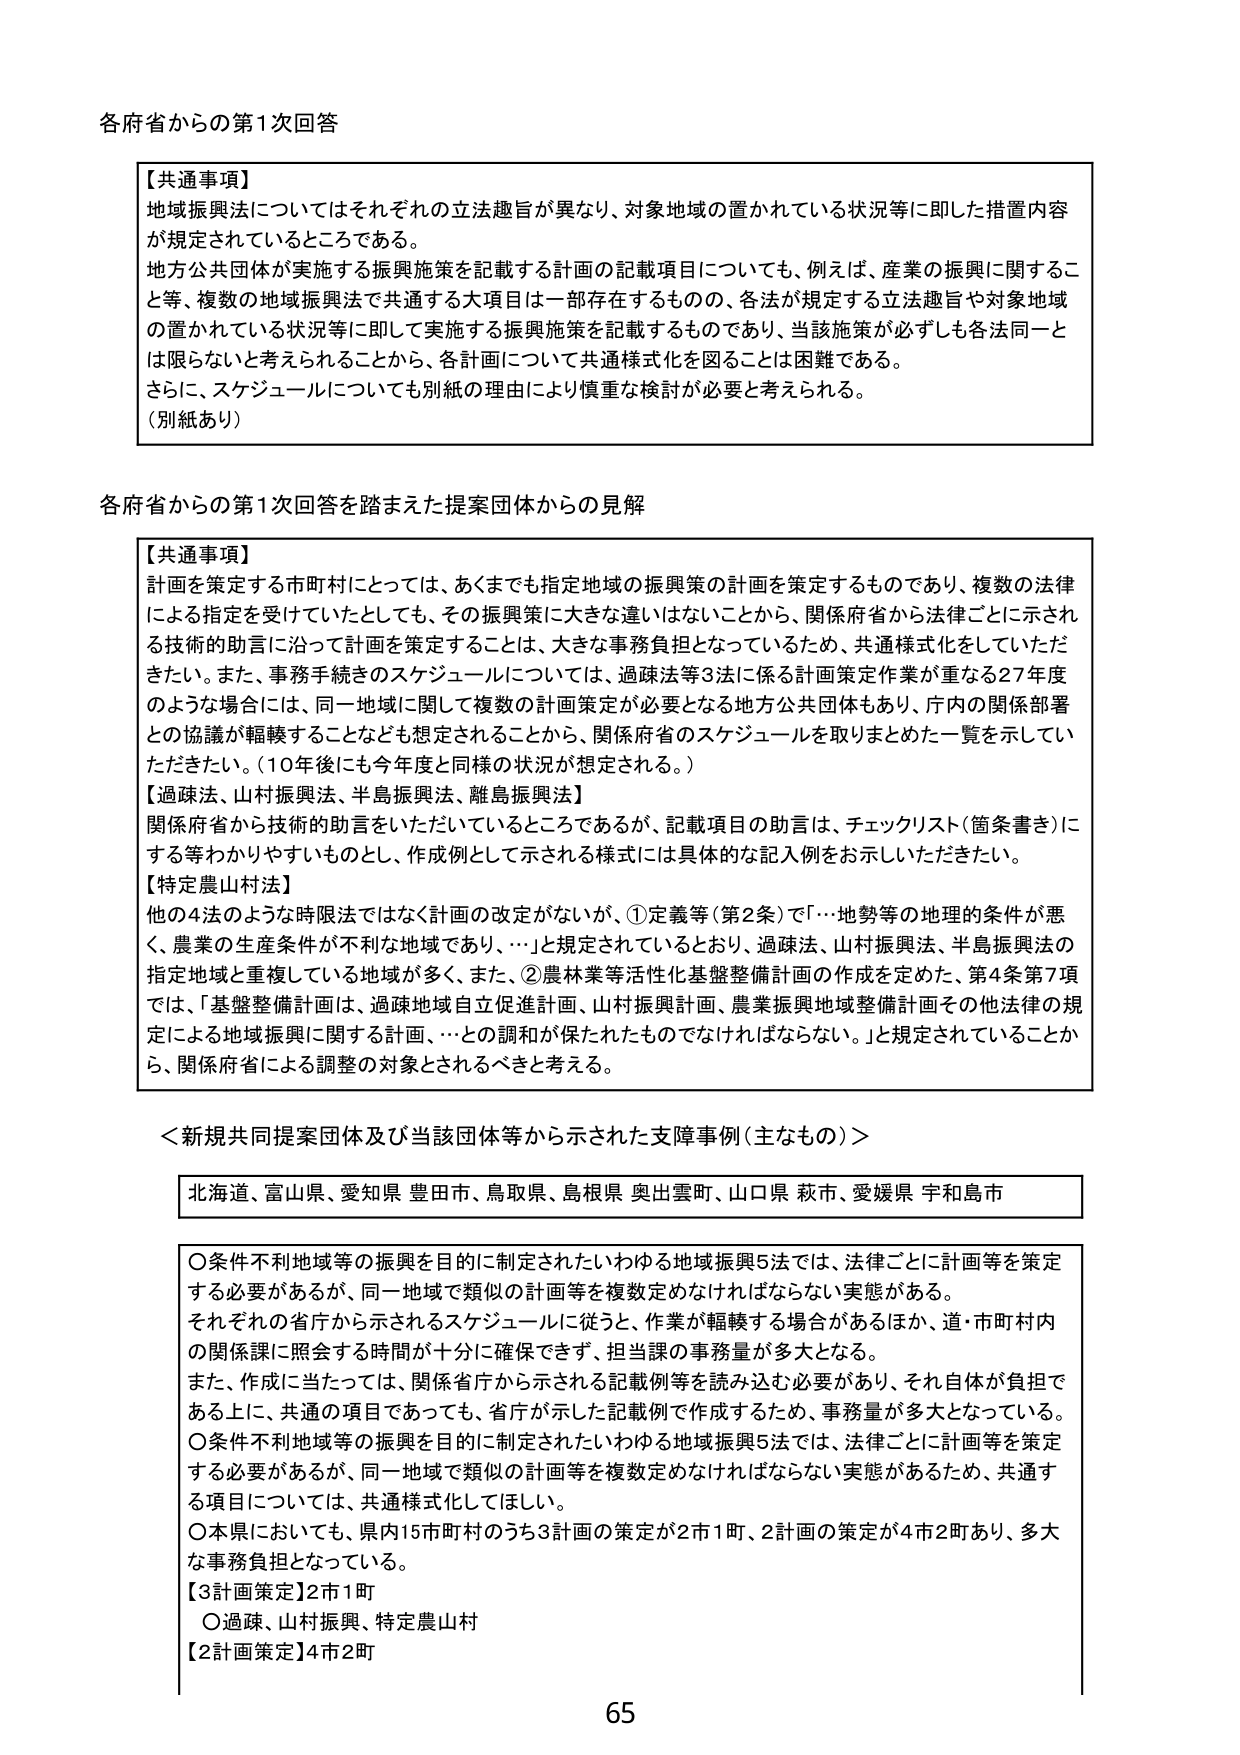
各府省からの第1次回答

【共通事項】
地域振興法についてはそれぞれの立法趣旨が異なり、対象地域の置かれている状況等に即した措置内容が規定されているところである。
地方公共団体が実施する振興施策を記載する計画の記載項目についても、例えば、産業の振興に関するこ
と等、複数の地域振興法で共通する大項目は一部存在するものの、各法が規定する立法趣旨や対象地域
の置かれている状況等に即して実施する振興施策を記載するものであり、当該施策が必ずしも各法同一と
は限らないと考えられることから、各計画について共通様式化を図ることは困難である。
さらに、スケジュールについても別紙の理由により慎重な検討が必要と考えられる。
（別紙あり）

各府省からの第1次回答を踏まえた提案団体からの見解

【共通事項】
計画を策定する市町村にとっては、あくまでも指定地域の振興策の計画を策定するものであり、複数の法律
による指定を受けていたとしても、その振興策に大きな違いはないことから、関係府省から法律ごとに示され
る技術的助言に沿って計画を策定することは、大きな事務負担となっているため、共通様式化をしていただ
きたい。また、事務手続きのスケジュールについては、過疎法等3法に係る計画策定作業が重なる27年度
のような場合には、同一地域に関して複数の計画策定が必要となる地方公共団体もあり、庁内の関係部署
との協議が軽軽することなども想定されることから、関係府省のスケジュールを取りまとめた一覧を示してい
ただきたい。（10年後にも今年度と同様の状況が想定される。）
【過疎法、山村振興法、半島振興法、離島振興法】
関係府省から技術的助言をいただいているところであるが、記載項目の助言は、チェックリスト（箇条書き）に
する等わかりやすいものとし、作成例として示される様式には具体的な記入例をお示しいただきたい。
【特定農山村法】
他の4法のような時限法ではなく計画の改定がないが、①定義等（第2条）で「…地勢等の地理的条件が悪
く、農業の生産条件が不利な地域であり、…」と規定されているとおり、過疎法、山村振興法、半島振興法の
指定地域と重複している地域が多く、また、②農林業等活性化基盤整備計画の作成を定めた、第4条第7項
では、「基盤整備計画は、過疎地域自立促進計画、山村振興計画、農業振興地域整備計画その他法律の規
定による地域振興に関する計画、…との調和が保たれたものでなければならない。」と規定されていることか
ら、関係府省による調整の対象とされるべきと考える。

＜新規共同提案団体及び当該団体等から示された支障事例（主なもの）＞

北海道、富山県、愛知県 豊田市、鳥取県、島根県 奥出雲町、山口県 萩市、愛媛県 宇和島市

〇条件不利地域等の振興を目的に制定されたいわゆる地域振興5法では、法律ごとに計画等を策定
する必要があるが、同一地域で類似の計画等を複数定めなければならない実態がある。
それぞれの省庁から示されるスケジュールに従うと、作業が軽軽する場合があるほか、道・市町村内
の関係課に照会する時間が十分に確保できず、担当課の事務量が多大となる。
また、作成に当たっては、関係省庁から示される記載例等を読み込む必要があり、それ自体が負担で
ある上に、共通の項目であっても、省庁が示した記載例で作成するため、事務量が多大となっている。
〇条件不利地域等の振興を目的に制定されたいわゆる地域振興5法では、法律ごとに計画等を策定
する必要があるが、同一地域で類似の計画等を複数定めなければならない実態があるため、共通す
る項目については、共通様式化してほしい。
〇本県においても、県内15市町村のうち3計画の策定が2市1町、2計画の策定が4市2町あり、多大
な事務負担となっている。
【3計画策定】2市1町
〇過疎、山村振興、特定農山村
【2計画策定】4市2町

65